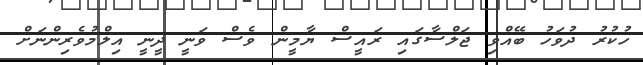
ހުކުރު ދުވަހު ބޭއްވި ޖަލްސާގައި ރައީސް ޔާމީން ވެސް ވަނީ ދީނީ އިލްމުވެރިންނަށް